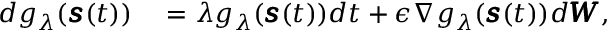
\begin{array} { r l } { d g _ { \lambda } ( \pmb { s } ( t ) ) } & { { } = \lambda g _ { \lambda } ( \pmb { s } ( t ) ) d t + \epsilon \nabla g _ { \lambda } ( \pmb { s } ( t ) ) d \pmb { W } , } \end{array}